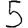
Digit: 5